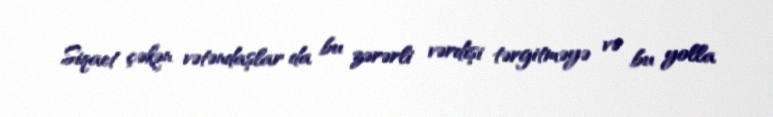
Siqaet çəkən vətəndaşlar da bu zərərli vərdişi tərgitməyə və bu yolla